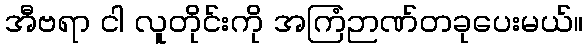
အီဗရာ ငါ လူတိုင်းကို အကြံဉာဏ်တခုပေးမယ်။